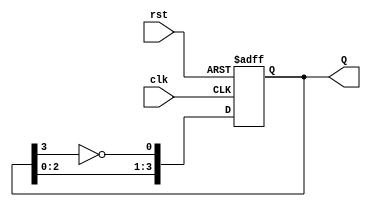
module JohnsonCounter #(
    parameter N = 4  // Parameter to set the number of bits (flip-flops)
) (
    input wire clk,   // Clock input
    input wire rst,   // Asynchronous reset
    output reg [N-1:0] Q  // Counter output (N-bit)
);

// Sequential logic for the Johnson counter
always @(posedge clk or posedge rst) begin
    if (rst) begin
        // On reset, set all flip-flops to 0
        Q <= 0;
    end else begin
        // Johnson counter logic
        Q <= {Q[N-2:0], ~Q[N-1]};  // Shift and feed back inverted last output
    end
end

endmodule